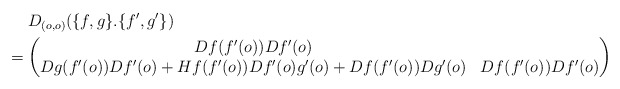
\begin{align*}&\hphantom{{}={}}D_{(o,o)}(\{f,g\}.\{f',g'\})\\*&=\begin{pmatrix}Df(f'(o))Df'(o)\\Dg(f'(o))Df'(o)+Hf(f'(o))Df'(o)g'(o)+Df(f'(o))Dg'(o) & Df(f'(o))Df'(o)\end{pmatrix}\end{align*}